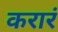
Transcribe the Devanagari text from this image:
करारं